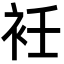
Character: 衽